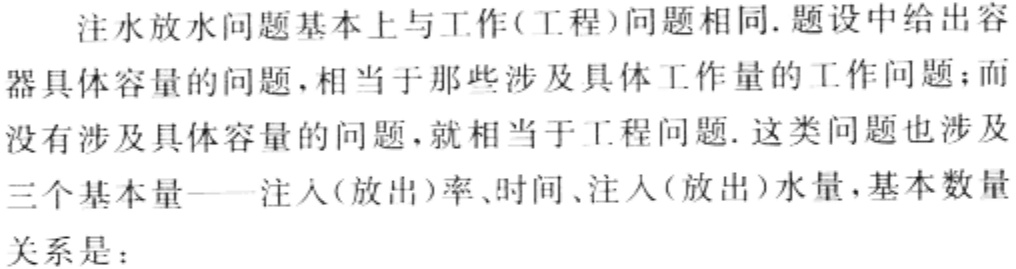
注水放水问题基本上与工作(工程)问题相同. 题设中给出容器具体容量的问题，相当于那些涉及具体工作量的工作问题；而没有涉及具体容量的问题，就相当于工程问题. 这类问题也涉及三个基本量——注入(放出)率、时间、注入(放出)水量，基本数量关系是：